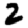
Digit: 2